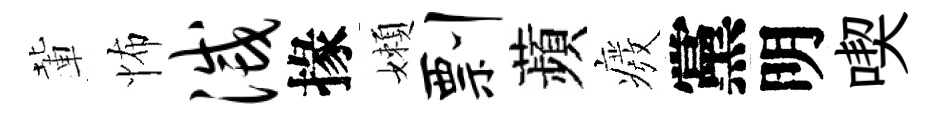
輩怖灭掾嬾剽蘋癈黨明喫